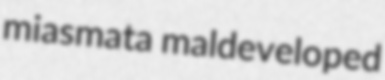
miasmata maldeveloped